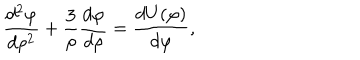
LaTeX: { \frac { d ^ { 2 } \varphi } { d \rho ^ { 2 } } } + { \frac { 3 } { \rho } } { \frac { d \varphi } { d \rho } } = { \frac { d U ( \varphi ) } { d \varphi } } ,